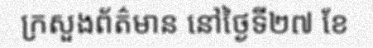
ក្រសួងព័ត៌មាន នៅថ្ងៃទី២៧ ខែ